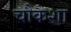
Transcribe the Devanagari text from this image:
चौकशा